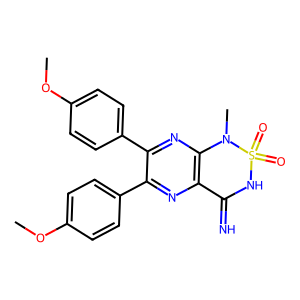
SMILES: COc1ccc(-c2nc3c(nc2-c2ccc(OC)cc2)N(C)S(=O)(=O)NC3=N)cc1
Inhibits HIV replication: No